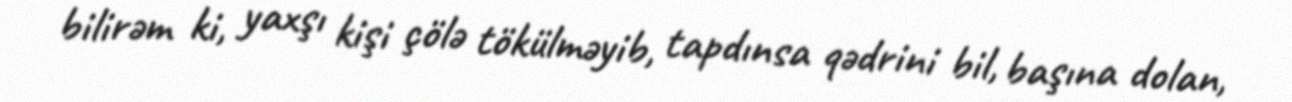
bilirəm ki, yaxşı kişi çölə tökülməyib, tapdınsa qədrini bil, başına dolan,